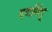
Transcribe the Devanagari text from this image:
दवबिंदू